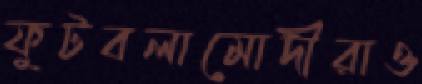
ফুটবলামোদীরাও